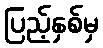
ပြည့်နှစ်မှ